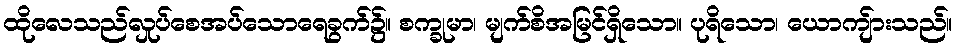
ထိုလေသည်လှုပ်စေအပ်သောရေခွက်၌။ စက္ခုမာ၊ မျက်စိအမြင်ရှိသော။ ပုရိသော၊ ယောကျ်ားသည်။